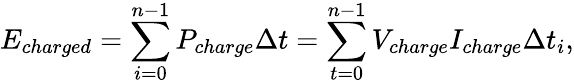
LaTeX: E_{charged}=\sum_{i=0}^{n-1}{P_{charge}\Delta t}=\sum_{t=0}^{n-1}{V_{charge}I_{charge}\Delta t_{i}},